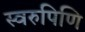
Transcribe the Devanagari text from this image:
स्वरुपिणि